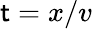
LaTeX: \mathsf{t}=x/v